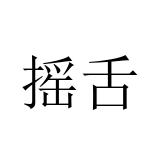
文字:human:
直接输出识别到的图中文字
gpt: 摇舌